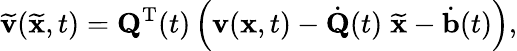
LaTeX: \widetilde{{\mathbf v}}(\widetilde{{\mathbf x}},t)={\mathbf Q}^{{\mathrm T}}(t)\left({\mathbf v}({\mathbf x},t)-\dot{{\mathbf Q}}(t)\; \widetilde{{\mathbf x}}-\dot{{\mathbf b}}(t)\right),